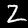
Label: 2